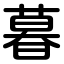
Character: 暮